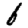
Digit: 6